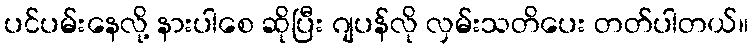
ပင်ပမ်းနေလို့ နားပါစေ ဆိုပြီး ဂျပန်လို လှမ်းသတိပေး တတ်ပါတယ်။